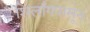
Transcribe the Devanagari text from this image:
शिलाँगपासून